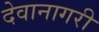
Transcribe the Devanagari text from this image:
देवानागरी